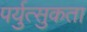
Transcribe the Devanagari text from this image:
पर्युत्सुकता